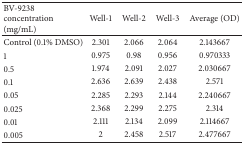
| BV-9238 concentration (mg/mL) | Well-1 | Well-2 | Well-3 | Average (OD) |
 | --- | --- | --- | --- | --- |
 | Control (0.1% DMSO) | 2.301 | 2.066 | 2.064 | 2.143667 |
 | 1 | 0.975 | 0.98 | 0.956 | 0.970333 |
 | 0.5 | 1.974 | 2.091 | 2.027 | 2.030667 |
 | 0.1 | 2.636 | 2.639 | 2.438 | 2.571 |
 | 0.05 | 2.285 | 2.293 | 2.144 | 2.240667 |
 | 0.025 | 2.368 | 2.299 | 2.275 | 2.314 |
 | 0.01 | 2.111 | 2.134 | 2.099 | 2.114667 |
 | 0.005 | 2 | 2.458 | 2.517 | 2.477667 |